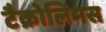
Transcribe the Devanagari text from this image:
टैक्रोलिमस